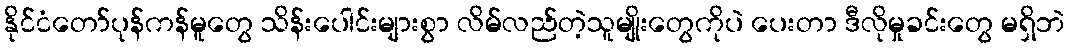
နိုင်ငံတော်ပုန်ကန်မူတွေ သိန်းပေါင်းများစွာ လိမ်လည်တဲ့သူမျိုးတွေကိုပဲ ပေးတာ ဒီလိုမှုခင်းတွေ မရှိဘဲ